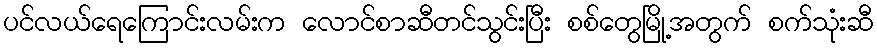
ပင်လယ်ရေကြောင်းလမ်းက လောင်စာဆီတင်သွင်းပြီး စစ်တွေမြို့အတွက် စက်သုံးဆီ